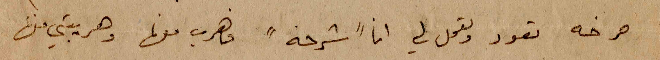
صرخه تعود وتعمل لي انا "شرحه" فاهرب منها وهريبتي منها